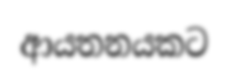
ආයතනයකට